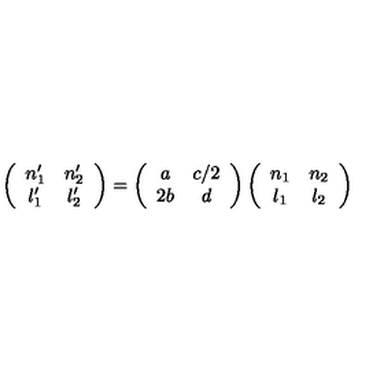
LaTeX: \left( \begin{array} { c c } { n _ { 1 } ^ { \prime } } & { n _ { 2 } ^ { \prime } } \\ { l _ { 1 } ^ { \prime } } & { l _ { 2 } ^ { \prime } } \\ \end{array} \right) = \left( \begin{array} { c c } { a } & { c / 2 } \\ { 2 b } & { d } \\ \end{array} \right) \left( \begin{array} { c c } { n _ { 1 } } & { n _ { 2 } } \\ { l _ { 1 } } & { l _ { 2 } } \\ \end{array} \right)